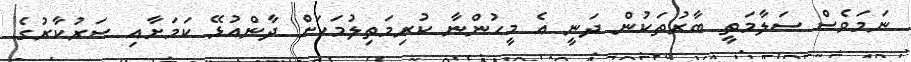
ނަމަވެސް ސަލާމަތީ ބާރުތަކުން ދަނީ އެ މީހުންނާ ކުރިމަތިލުމަކަށް ދާންއުޅޭ ކަމަށާއި ސަރުކާރުގެ